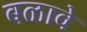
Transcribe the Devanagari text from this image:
बळावे